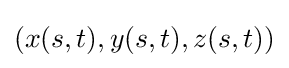
(x(s,t),y(s,t),z(s,t))